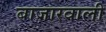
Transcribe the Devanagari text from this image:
बाजारवाली